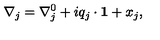
\nabla _ { j } = \nabla _ { j } ^ { 0 } + i q _ { j } \cdot { \bf 1 } + x _ { j } ,